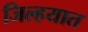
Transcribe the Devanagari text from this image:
जिल्‍हयात